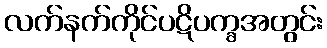
လက်နက်ကိုင်ပဋိပက္ခအတွင်း